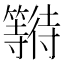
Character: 𱸯